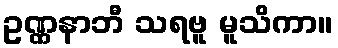
ဥဏ္ဏနာဘီ သရဗူ မူသိကာ။